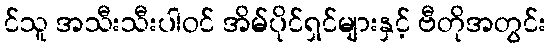
င်သူ အသီးသီးပါဝင် အိမ်ပိုင်ရှင်များနှင့် ဗီတိုအတွင်း